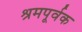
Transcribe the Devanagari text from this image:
श्रमपूर्वक